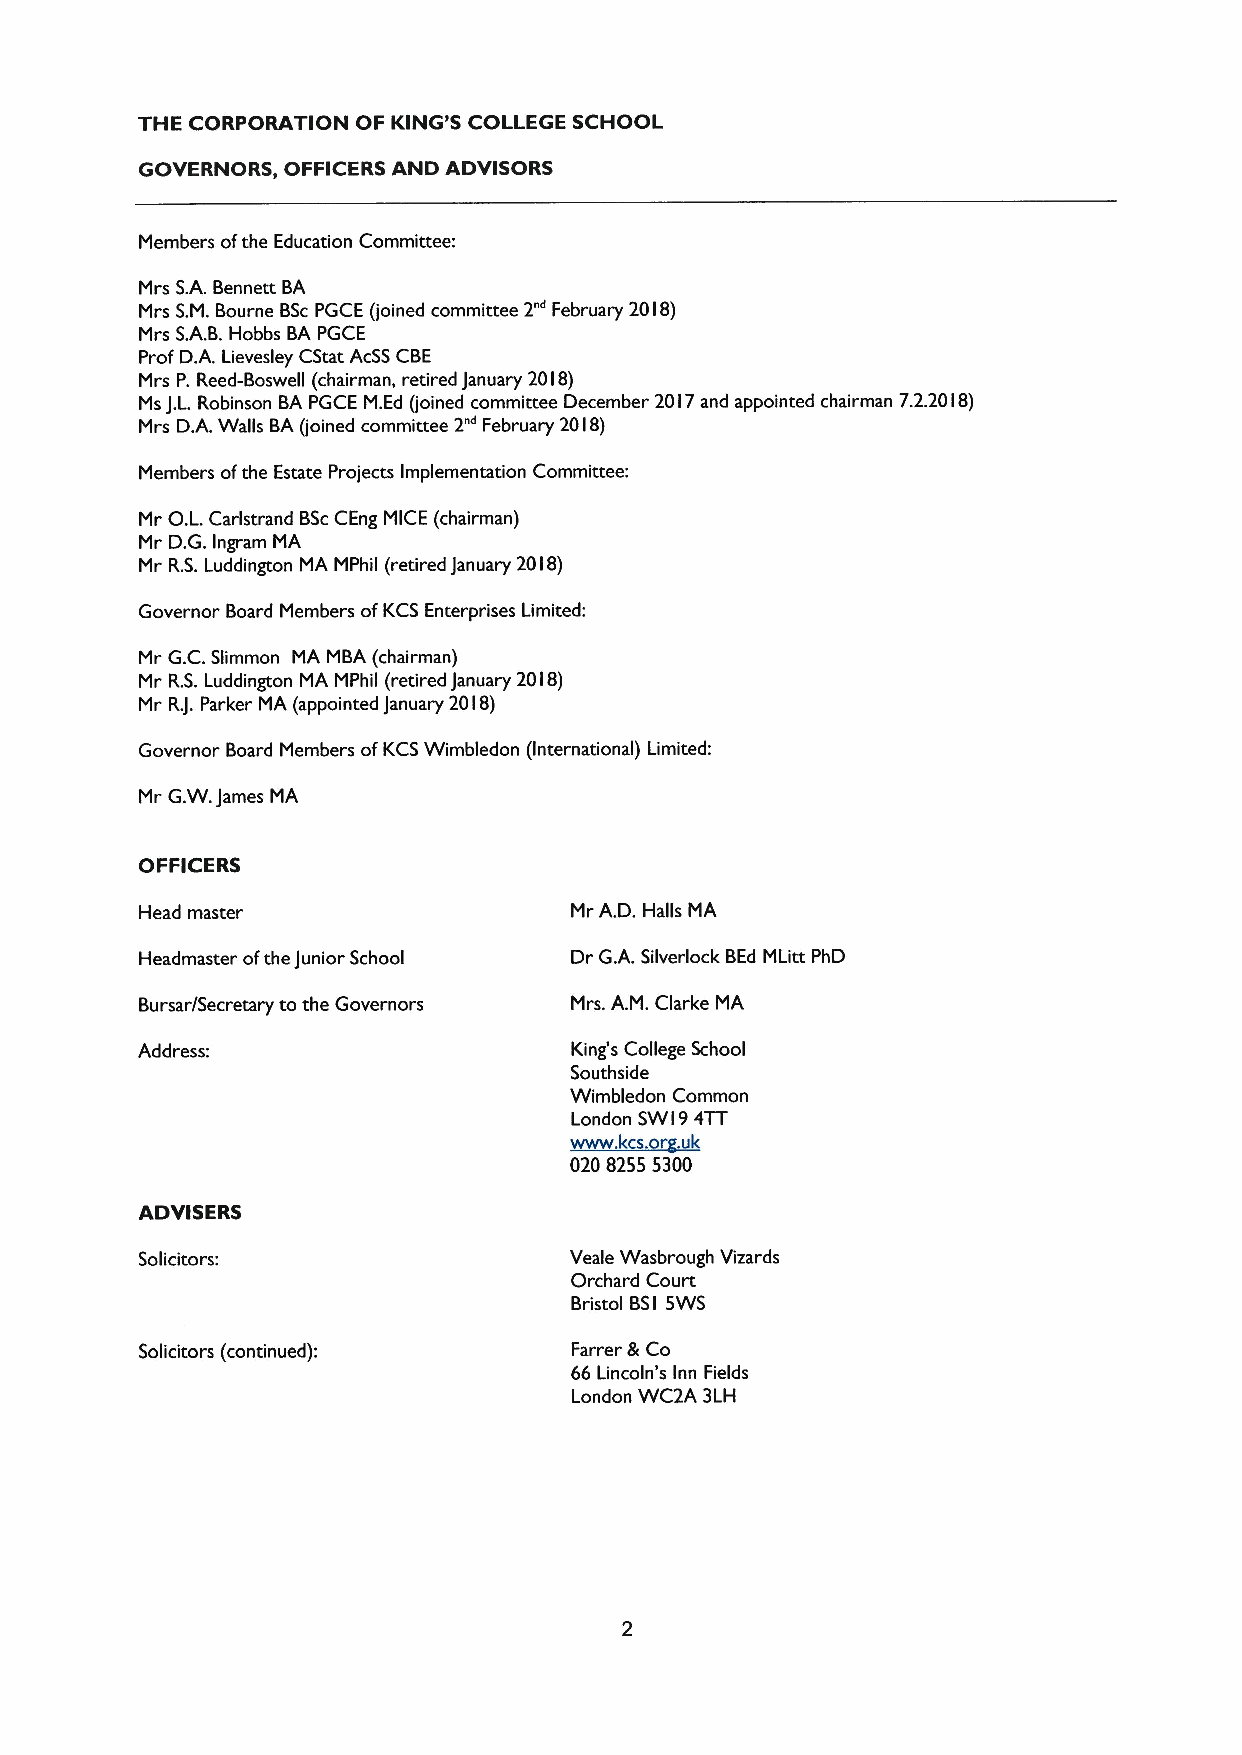
THE CORPORATION OF KING'5 COLLEGE SCHOOL
 GOVERNORS, OFFICERS AND ADVISORS
 Members ofthe Education Committee:
 Mrs S.A.Bennett BA
 Mrs S.M. Bourne BScPGCE (joined committee 2"' February 20I8)
 Mrs S.A.B.Hobbs BA PGCE
 Prof D.A. Lievesley CStat AcSSCBE
 Mrs P. Reed-Boswell (chairman, retired January 2018)
 Ms J.L.Robinson BA PGCE M.Ed (joined committee December 20 I7and appointed chairman 7.2.20 I8)
 Mrs D.A.Walls BA(joined committee 2"~February 20 I8)
 Members ofthe Estate Projects Implementation Committee:
 Mr O.L.Carlstrand BScCEng MICE (chairman)
 Mr D.G.Ingram MA
 Mr R.S.Luddington MA MPhil (retired January 20 I8)
 Governor Board Members ofKCS Enterprises Limited:
 Mr G.C.Slimmon MA MBA (chairman)
 Mr R.S.Luddington MA MPhil (retired January 20 I8)
 Mr RJ.Parker MA (appointed January 20 I8)
 Governor Board Members ofKCSWimbledon (International) Limited:
 Mr G.W.James MA
 OFFICERS
 Head master                  Mr A.D.Halls MA
 Headmaster ofthe Junior School Dr G.A. Silverlock BEd MLitt PhD
 Bursar/Secretary to the Governors Mrs. A.M. Clarke MA
 Address:                     King's College School
 Southside
 Wimbledon Common
 London SW I94TT
 0208255 5300
 ADVISERS
 Solicitors:                  Veale Wasbrough Vizards
 Orchard Court
 Bristol BS 5WS
 I
 Solicitors (continued):      Farrer &Co
 66Lincoln's Inn Fields
 London WC2A 3LH